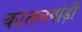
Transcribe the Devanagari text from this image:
कातलबोड़ी